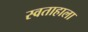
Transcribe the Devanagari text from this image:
स्वताहाला